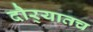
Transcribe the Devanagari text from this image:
दौर्‍यातच